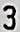
3